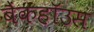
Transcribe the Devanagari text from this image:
बैंकहॉउस